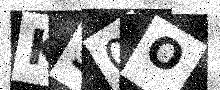
Text: K50O